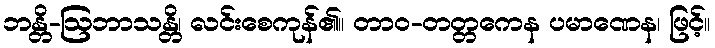
ဘန္တိ-ဩဘာသန္တိ၊ လင်းစေကုန်၏။ တာဝ-တတ္တကေန ပမာဏေန၊ ဖြင့်။